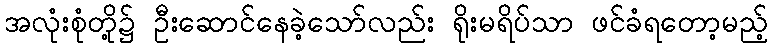
အလုံးစုံတို့၌ ဦးဆောင်နေခဲ့သော်လည်း ရိုးမရိပ်သာ ဖင်ခံရတော့မည့်